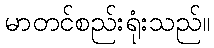
မာတင်စည်းရုံးသည်။